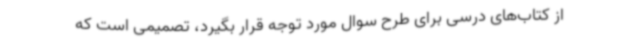
از کتاب‌های درسی برای طرح سوال مورد توجه قرار بگیرد، تصمیمی است که